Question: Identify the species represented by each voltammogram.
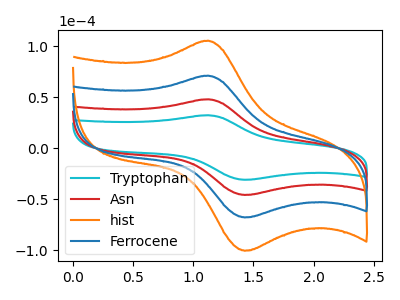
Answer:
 <answer>The cyan curve is labeled "Tryptophan". The red curve is labeled "Asn". The orange curve is labeled "hist". The blue curve is labeled "Ferrocene".</answer>
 <eval></eval>